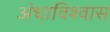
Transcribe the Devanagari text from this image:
अंधाविश्वास